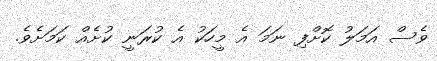
ވެސް އަމަލު ކޮށްފި ނަމަ އެ މީހަކު އެ ކުރަނީ ކުށެއް ކަމަށެވެ.